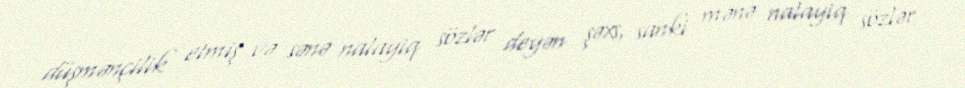
düşmənçilik etmiş və sənə nalayiq sözlər deyən şəxs, sanki mənə nalayiq sözlər